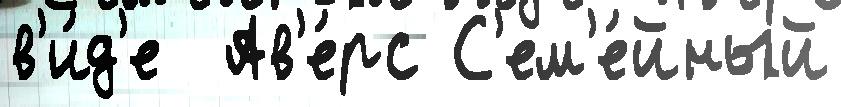
в'и́д'е  Ав'е́рс С'ем'е́йный